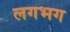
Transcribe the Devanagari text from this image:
लगभ्‍ाग